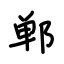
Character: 郸